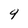
Character: 9